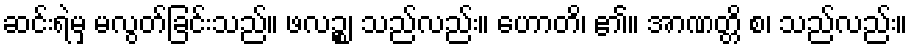
ဆင်းရဲမှ မလွတ်ခြင်းသည်။ ဖလဉ္စ၊ သည်လည်း။ ဟောတိ၊ ၏။ အာဏတ္တိ စ၊ သည်လည်း။